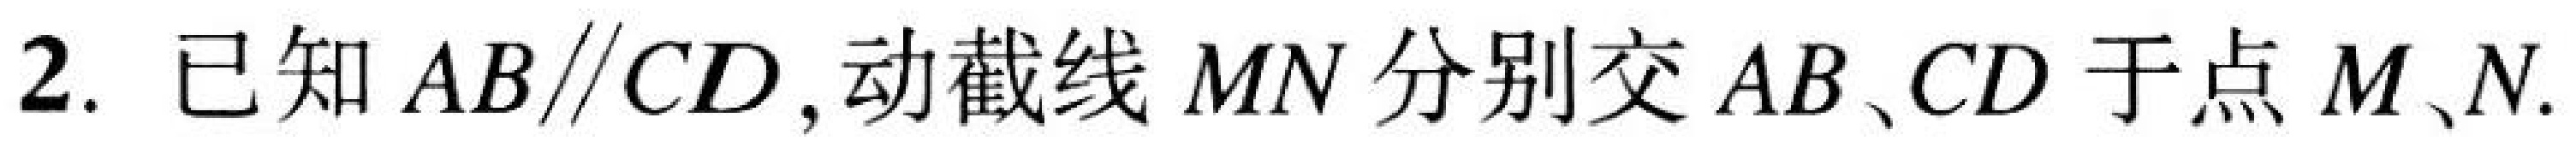
2. 已知 \(AB\parallel CD\),动截线 \(MN\)分别交 \(AB\)、\(CD\)于点 \(M\)、\(N\).